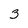
Character: 3